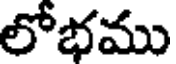
లోభము